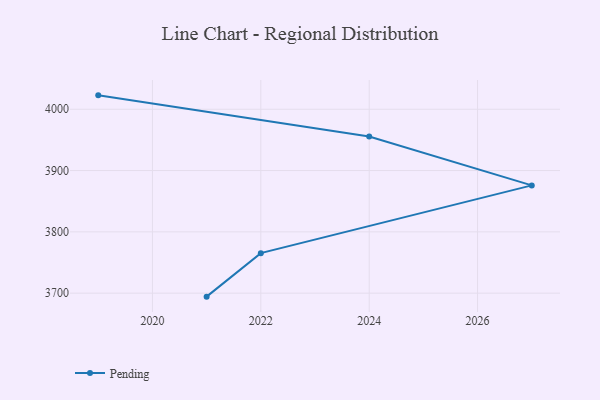
{"axis": {"x": "Year", "y": "Satisfaction Score"}, "legend": ["Pending"], "data": [{"x": "2019", "y": 4022.7, "type": "Pending"}, {"x": "2024", "y": 3955.7, "type": "Pending"}, {"x": "2027", "y": 3875.8, "type": "Pending"}, {"x": "2022", "y": 3765.3, "type": "Pending"}, {"x": "2021", "y": 3694.3, "type": "Pending"}]}